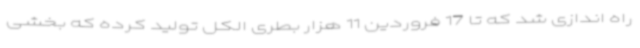
راه اندازی شد که تا 17 فروردین 11 هزار بطری الکل تولید کرده که بخشی